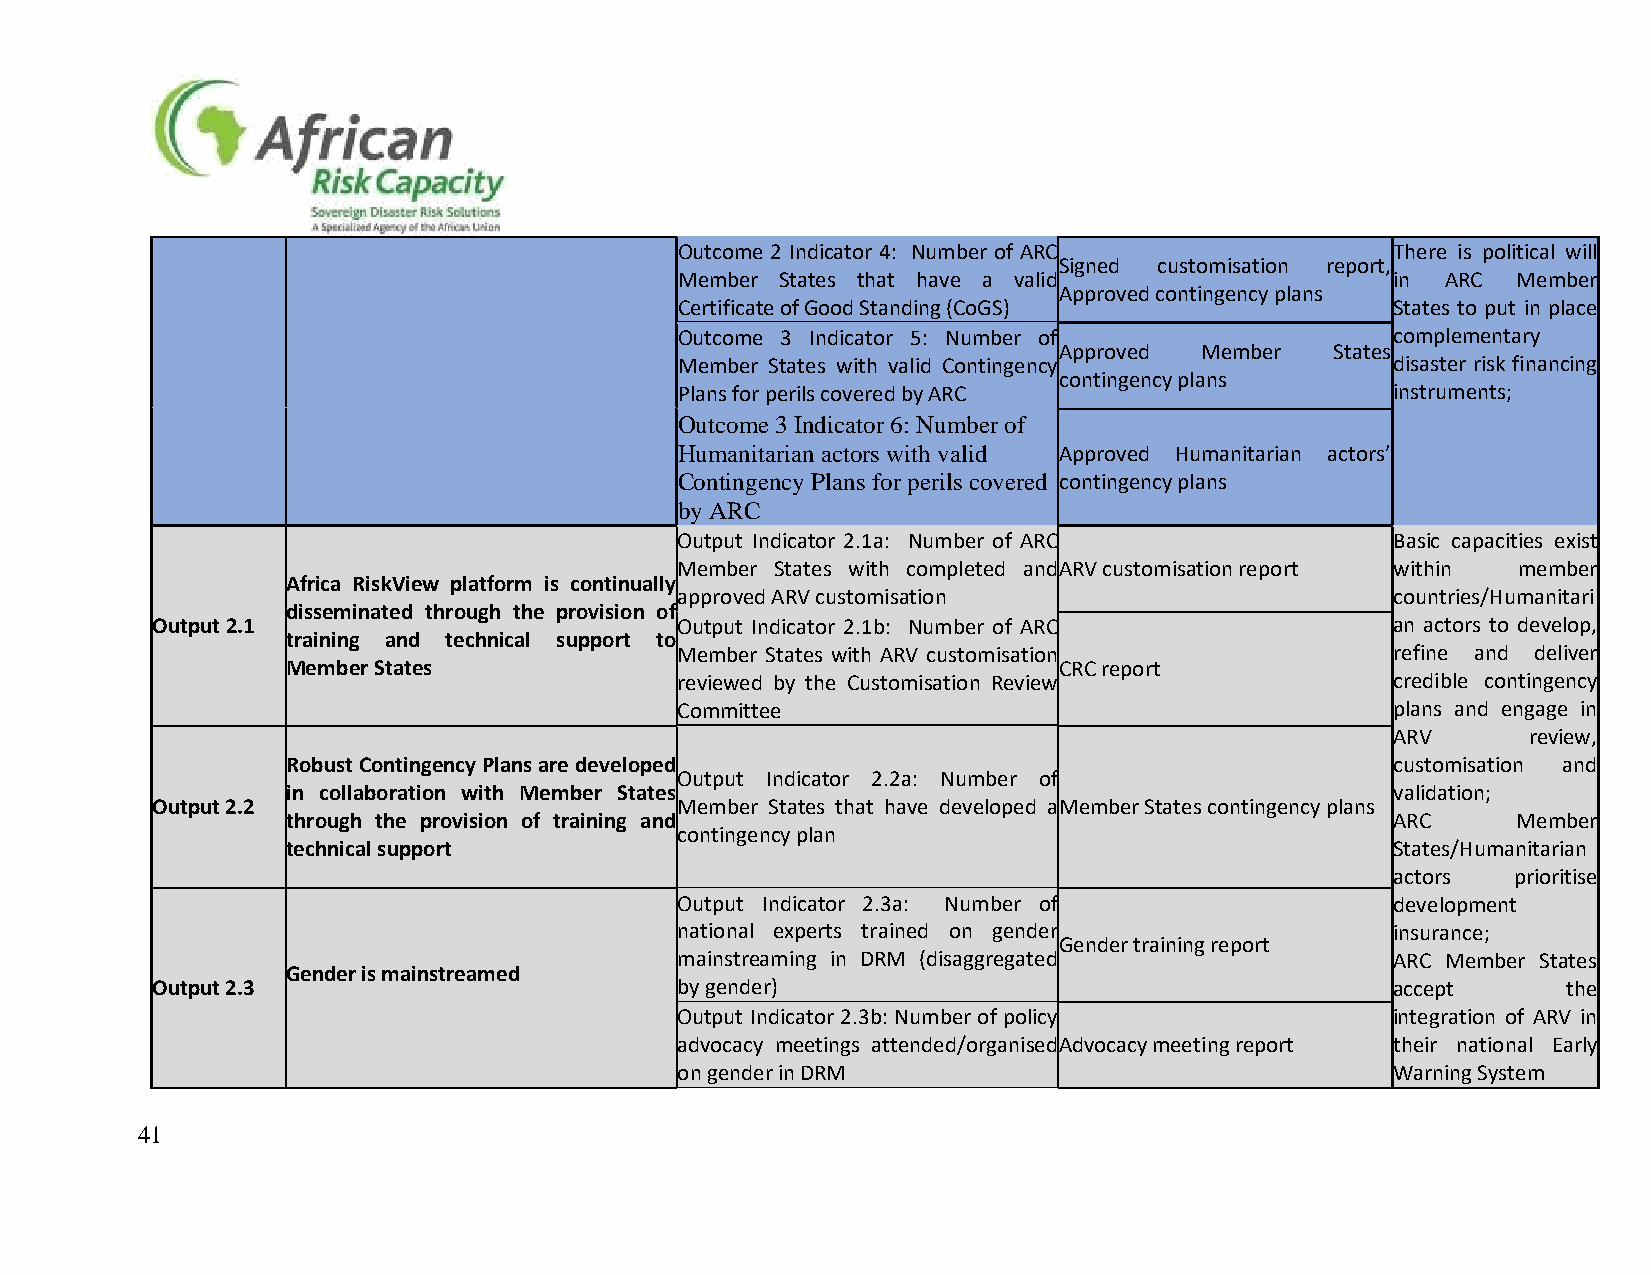
Outcome 2 Indicator 4: Number of ARC           There is political will
 Signed customisation report,
 Member States that have a valid                in  ARC Member
 Approved contingency plans
 Certificate of Good Standing (CoGS)            States to put in place
 Outcome 3 Indicator 5: Number of               complementary
 Approved  Member  States
 Member States with valid Contingency           disaster risk financing
 contingency plans
 Plans for perils covered by ARC                instruments;
 Outcome 3 Indicator 6: Number of
 Humanitarian actors with valid Approved Humanitarian actors’
 Contingency Plans for perils covered contingency plans
 by ARC
 Output Indicator 2.1a: Number of ARC           Basic capacities exist
 Member States with completed and ARV customisation report within member
 Africa RiskView platform is continually
 approved ARV customisation                     countries/Humanitari
 disseminated through the provision of
 Output 2.1                         Output Indicator 2.1b: Number of ARC           an actors to develop,
 training and technical support to
 Member States with ARV customisation           refine and deliver
 Member States                                      CRC report
 reviewed by the Customisation Review           credible contingency
 Committee                                      plans and engage in
 ARV      review,
 Robust Contingency Plans are developed                                   customisation and
 Output Indicator 2.2a: Number of
 in collaboration with Member States                                      validation;
 Output 2.2                         Member States that have developed a Member States contingency plans
 through the provision of training and                                    ARC     Member
 contingency plan
 technical support                                                        States/Humanitarian
 actors  prioritise
 Output Indicator 2.3a: Number of               development
 national experts trained on gender             insurance;
 Gender training report
 mainstreaming in DRM (disaggregated            ARC Member States
 Gender is mainstreamed
 Output 2.3                         by gender)                                     accept      the
 Output Indicator 2.3b: Number of policy        integration of ARV in
 advocacy meetings attended/organised Advocacy meeting report their national Early
 on gender in DRM                               Warning System
 41